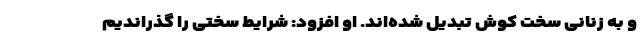
و به زنانی سخت کوش تبدیل شده‌اند. او افزود: شرایط سختی را گذراندیم